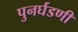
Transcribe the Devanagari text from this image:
पुनर्घडणी